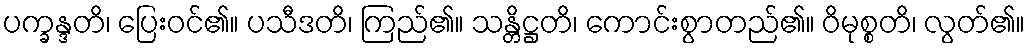
ပက္ခန္ဒတိ၊ ပြေးဝင်၏။ ပသီဒတိ၊ ကြည်၏။ သန္တိဋ္ဌတိ၊ ကောင်းစွာတည်၏။ ဝိမုစ္စတိ၊ လွတ်၏။